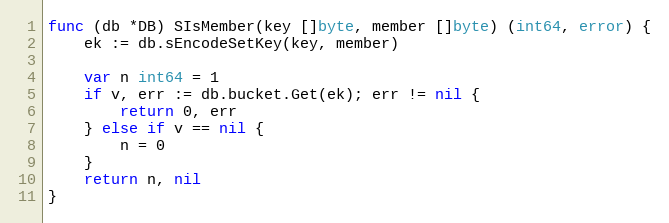
Language: Go
func (db *DB) SIsMember(key []byte, member []byte) (int64, error) {
	ek := db.sEncodeSetKey(key, member)

	var n int64 = 1
	if v, err := db.bucket.Get(ek); err != nil {
		return 0, err
	} else if v == nil {
		n = 0
	}
	return n, nil
}